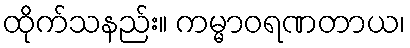
ထိုက်သနည်း။ ကမ္မာဝရဏတာယ၊